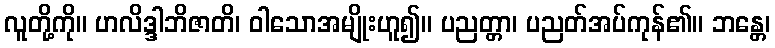
လူတို့ကို။ ဟလိဒ္ဒါဘိဇာတိ၊ ဝါသောအမျိုးဟူ၍။ ပညတ္တာ၊ ပညတ်အပ်ကုန်၏။ ဘန္တေ၊